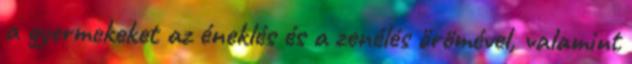
a gyermekeket az éneklés és a zenélés örömével, valamint